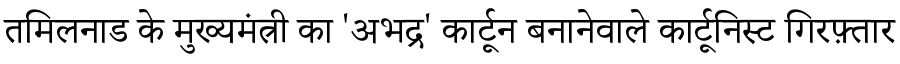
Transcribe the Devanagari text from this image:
तमिलनाड के मुख्यमंत्री का 'अभद्र' कार्टून बनानेवाले कार्टूनिस्ट गिरफ़्तार